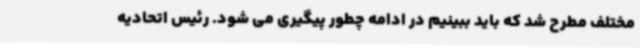
مختلف مطرح شد که باید ببینیم در ادامه چطور پیگیری می شود. رئیس اتحادیه